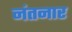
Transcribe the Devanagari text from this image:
नंतनार